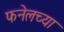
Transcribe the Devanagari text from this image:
फनेलच्या